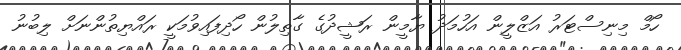
ހޯމް މިނިސްޓަރު އަޒްލީން އަހުމަދު ޔާމީން ރަޝީދުގެ ގާތިލުން ހޯދިފައިވުމަކީ ރައްޔިތުންނަށް ލިބުނު